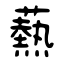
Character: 爇